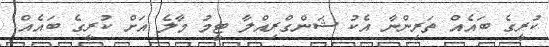
ކުރީގެ ބައެއް ތަރިންނާ އެކު ޝަންގްރިއްލާ ޓީމު މާލެ އަށް ކުރީގެ ބައެއް